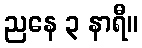
ညနေ ၃ နာရီ။